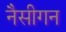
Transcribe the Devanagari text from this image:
नैसीगन